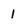
Character: 1